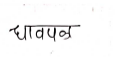
मजकूर: धावपळ